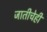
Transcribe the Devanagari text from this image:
जातीचेही